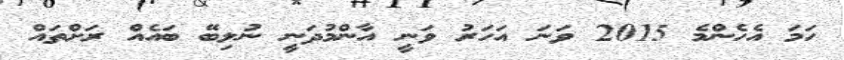
ހަމަ އެހެންމެ 2015 ވަނަ އަހަރު ވަނީ އާންމުދަނީ ނުލިބޭ ބައެއް ރަށްތައް